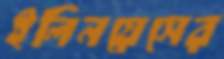
ইলিনয়েসের